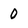
Character: 0